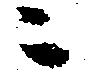
ニ